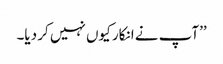
’’آپ نے انکار کیوں نہیں کر دیا۔